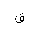
Letter: _qaf